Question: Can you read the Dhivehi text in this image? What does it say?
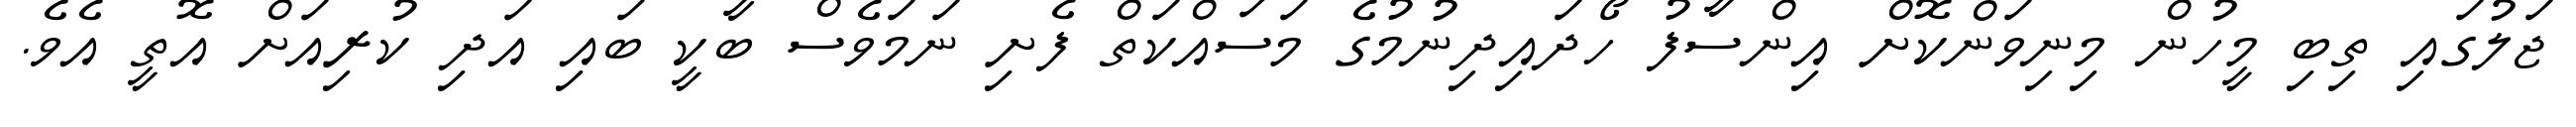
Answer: ޖަލުގައި ތިބި މީހުން މިނިވަންކޮށް އިންސާފު ހޯދައިދިނުމުގެ މަސައްކަތް ފެށި ނަމަވެސް ބާކީ ބައި އަދި ކުރިއަށް އޮތީ އެވެ.